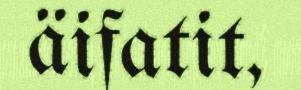
äifatit,